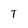
Character: T